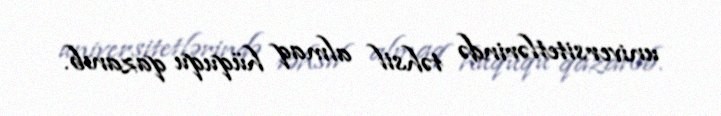
universitetlərində təhsil almaq hüququ qazanıb.